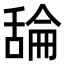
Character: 𦧣